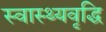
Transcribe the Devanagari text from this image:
स्वास्थ्यवृद्धि